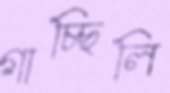
গাচ্ছিলি